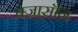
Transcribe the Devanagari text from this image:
बज़ासॉन